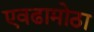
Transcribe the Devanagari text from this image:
एवढामोठा